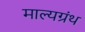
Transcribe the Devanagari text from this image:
माल्यग्रंथ